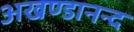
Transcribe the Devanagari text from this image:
अखण्डानन्द